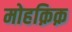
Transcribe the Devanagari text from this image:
मोहक़िक़